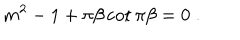
m ^ { 2 } - 1 + \pi \beta \cot \pi \beta = 0 \; .